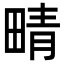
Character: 𤲟